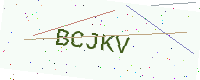
Text: BCJKV